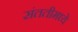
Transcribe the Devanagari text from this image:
संततीमध्ये